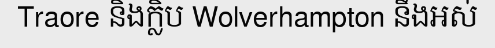
Traore និងក្លិប Wolverhampton នឹងអស់